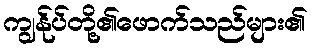
ကျွန်ုပ်တို့၏ဖောက်သည်များ၏